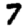
Digit: 7